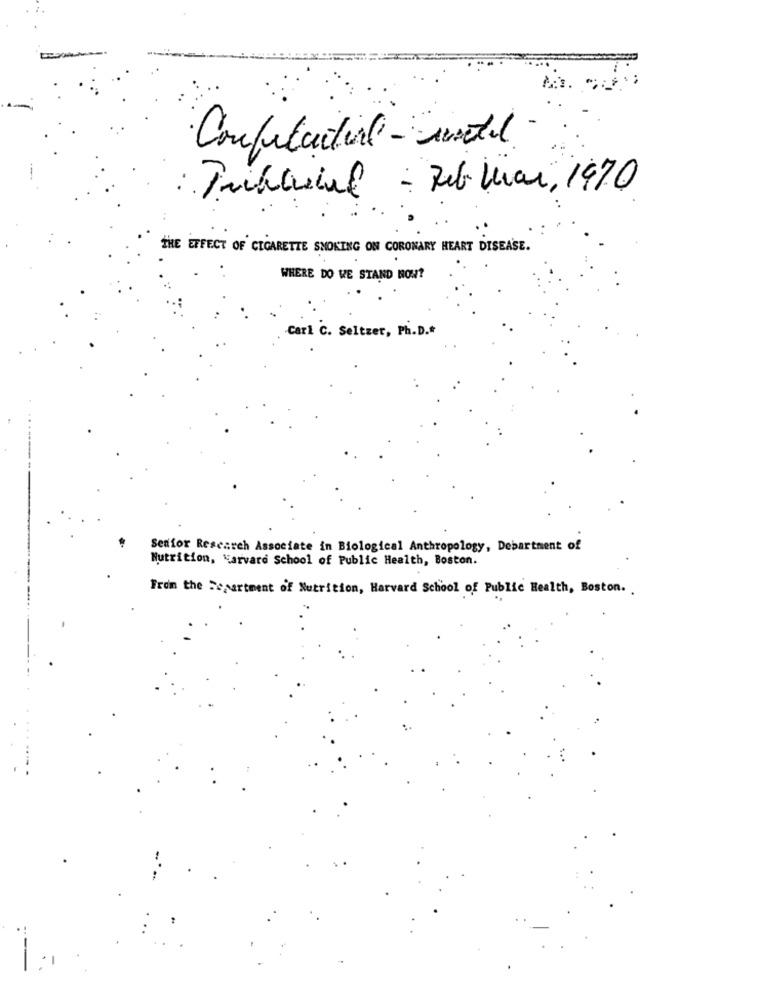
Confitactual - metal
Tubaccal - Reb Luar, 1970
THE EFFECT OF CIGARETTE SMOKING ON CORONARY HEART DISEASE.
WHERE DO WE STAND NOW?
Carl C. Seltzer, Ph.D.ª
Senior Research Associate in Biological Anthropology, Department of
Nutrition, Harvard School of Public Health, Boston.
From the Department of Nutrition, Harvard School of Public Health, Boston ..